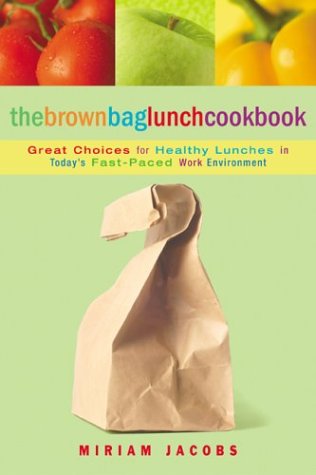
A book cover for The Brown Bag Lunch Cookbook (Cookbooks); Miriam Jacobs; Cookbooks, Food & Wine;